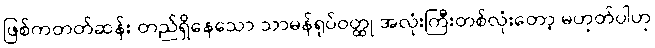
ဖြစ်ကတတ်ဆန်း တည်ရှိနေသော သာမန်ရုပ်ဝတ္ထု အလုံးကြီးတစ်လုံးတော့ မဟုတ်ပါဟု